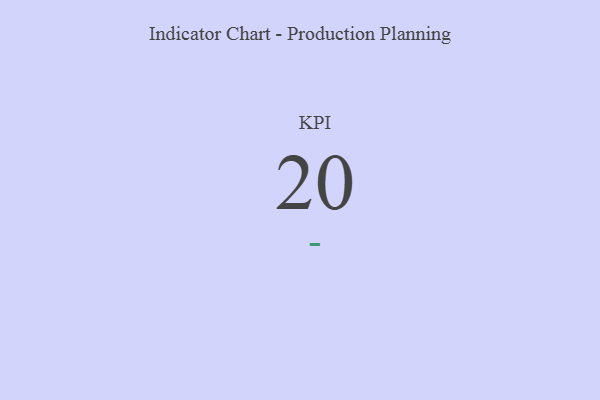
{"axis": {"x": "KPI", "y": "Value"}, "legend": [""], "data": [{"x": "KPI", "y": 20, "type": ""}]}